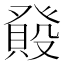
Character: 𤼺